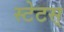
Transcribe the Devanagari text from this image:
स्टेटस्